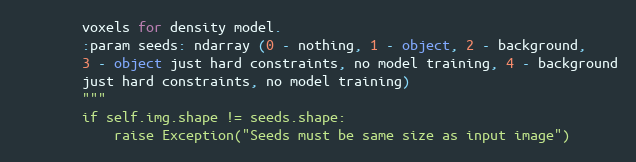
Language: Python
        voxels for density model.
        :param seeds: ndarray (0 - nothing, 1 - object, 2 - background,
        3 - object just hard constraints, no model training, 4 - background
        just hard constraints, no model training)
        """
        if self.img.shape != seeds.shape:
            raise Exception("Seeds must be same size as input image")